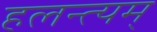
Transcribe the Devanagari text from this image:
हलन्त्यम्